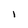
Character: 1